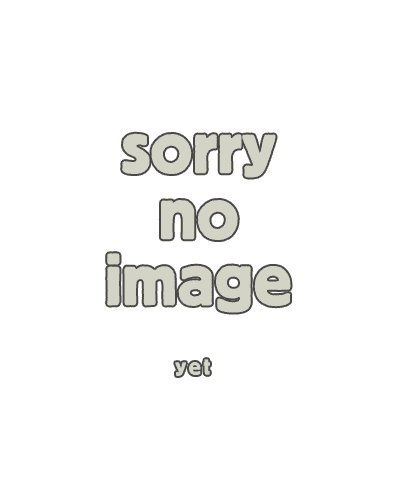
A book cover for Poverty (Opposing Viewpoints); Katie De Koster; Teen & Young Adult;